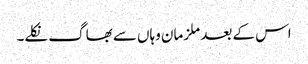
اس کے بعد ملزمان وہاں سے بھاگ نکلے۔